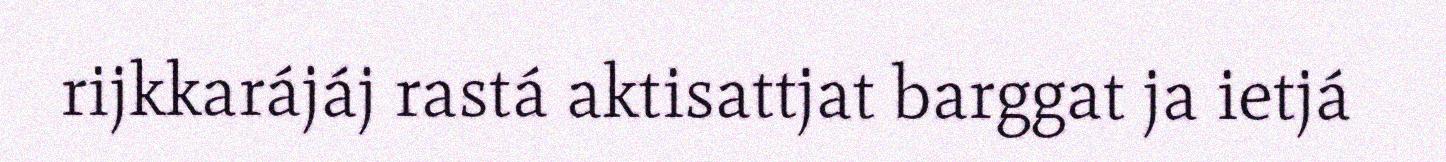
rijkkarájáj rastá aktisattjat barggat ja ietjá